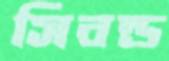
সিবল্ড